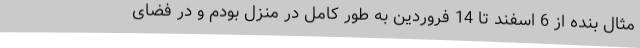
مثال بنده از 6 اسفند تا 14 فروردین به طور کامل در منزل بودم و در فضای